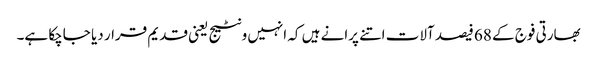
بھارتی فوج کے 68 فیصد آلات اتنے پرانے ہیں کہ انہیں ونٹیج یعنی قدیم قرار دیا جاچکا ہے۔